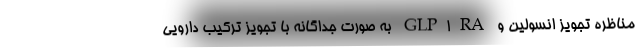
مناظره تجویز انسولین و GLP1RA به صورت جداگانه با تجویز ترکیب دارویی